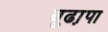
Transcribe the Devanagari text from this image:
बुढा़पा